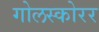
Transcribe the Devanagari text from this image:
गोलस्कोरर